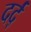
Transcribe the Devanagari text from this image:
दर्द्